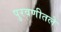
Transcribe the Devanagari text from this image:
पुरवणीतले